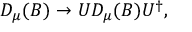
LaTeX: D _ { \mu } ( B ) \rightarrow U D _ { \mu } ( B ) U ^ { \dagger } ,